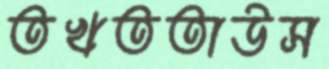
তখততাউস